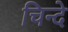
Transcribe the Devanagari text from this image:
चिन्दे